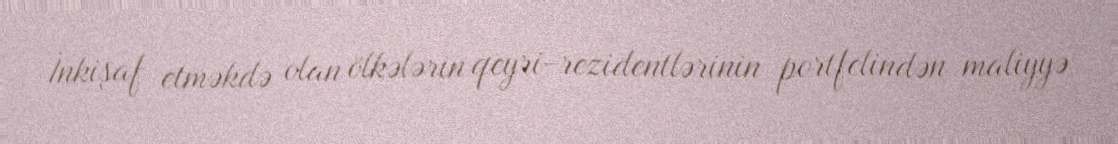
İnkişaf etməkdə olan ölkələrin qeyri-rezidentlərinin portfelindən maliyyə